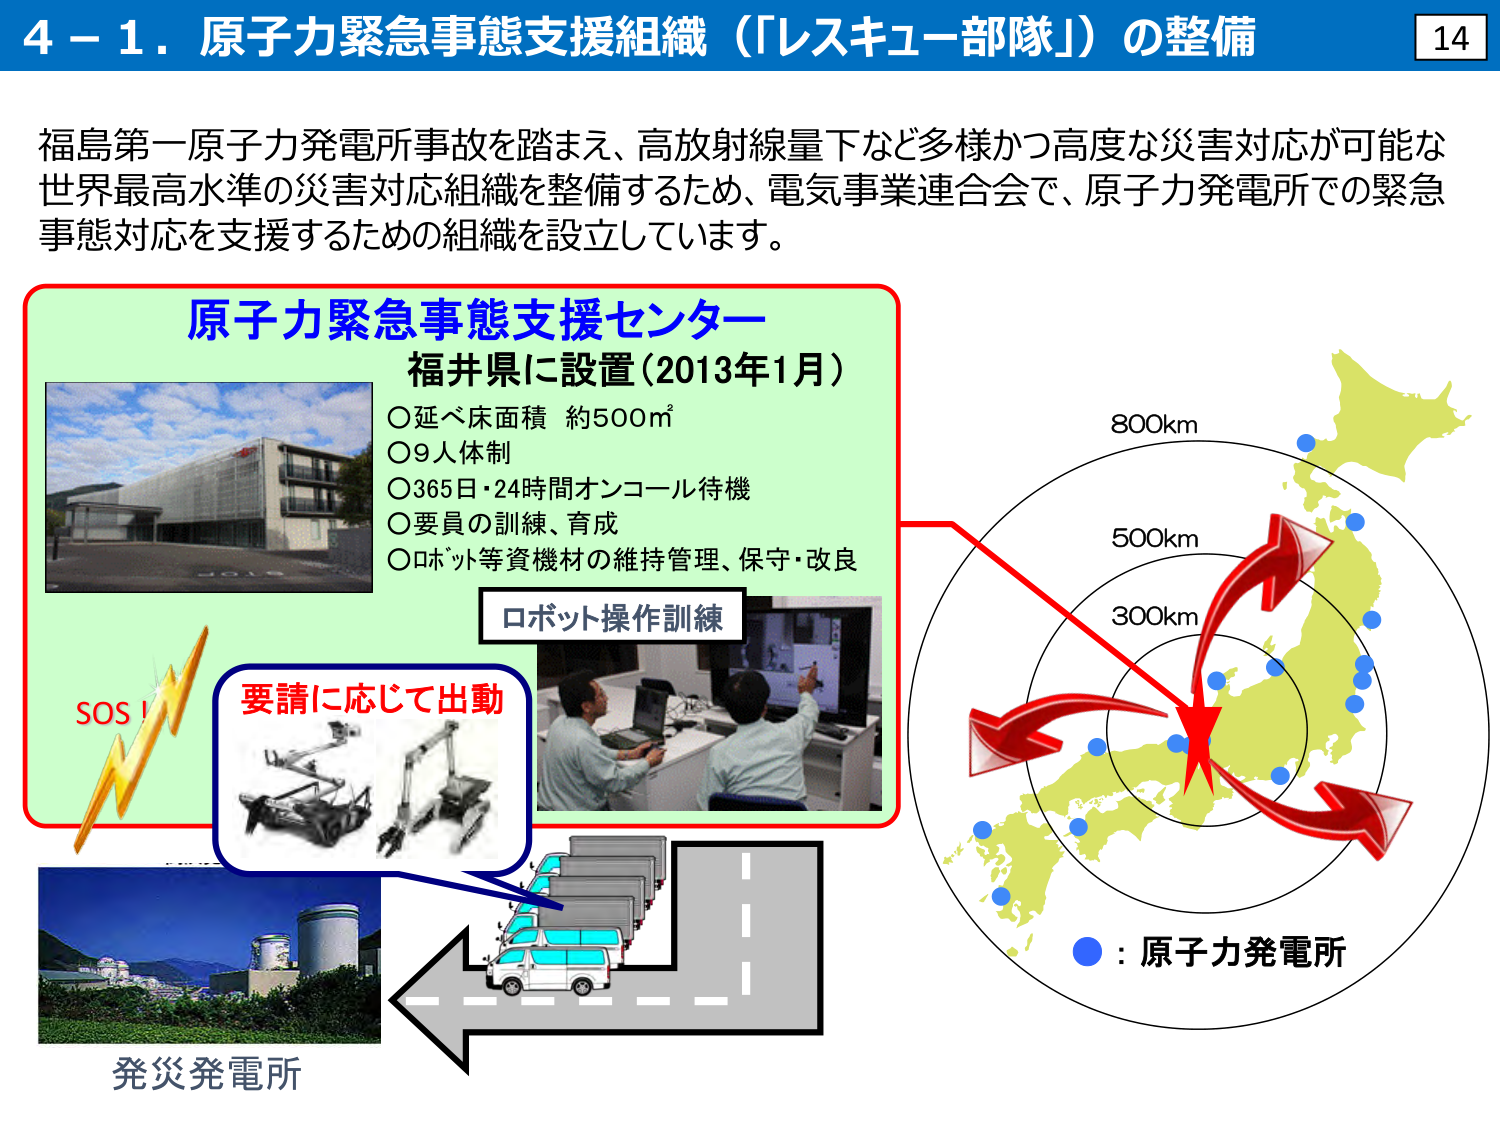
4－1．原子力緊急事態支援組織（「レスキュー部隊」）の整備

福島第一原子力発電所事故を踏まえ、高放射線量下など多様かつ高度な災害対応が可能な世界最高水準の災害対応組織を整備するため、電気事業連合会で、原子力発電所での緊急事態対応を支援するための組織を設立しています。

原子力緊急事態支援センター
福井県に設置（2013年1月）
○延べ床面積 約500㎡
○9人体制
○365日・24時間オンコール待機
○要員の訓練、育成
○ロボット等資機材の維持管理、保守・改良

ロボット操作訓練

SOS！

要請に応じて出動

発災発電所

800km
500km
300km

●：原子力発電所

14